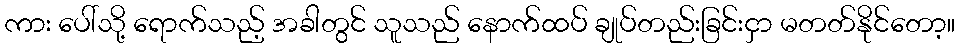
ကား ပေါ်သို့ ရောက်သည့် အခါတွင် သူသည် နောက်ထပ် ချုပ်တည်းခြင်းငှာ မတတ်နိုင်တော့။